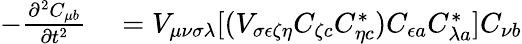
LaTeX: \begin{array}{rl}{-\frac{\partial^{2}C_{\mu b}}{\partial t^{2}}}&{{}=V_{\mu\nu\sigma\lambda}[(V_{\sigma\epsilon\zeta\eta}C_{\zeta c}C_{\eta c}^{*})C_{\epsilon a}C_{\lambda a}^{*}]C_{\nu b}}\end{array}